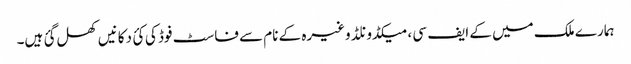
ہمارے ملک میں کے ایف سی ، میکڈونلڈ وغیرہ کے نام سے فاسٹ فوڈ کی کئ دکانیں کھل گئ ہیں۔